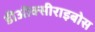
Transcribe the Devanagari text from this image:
डीऑक्सीराइबोस